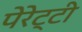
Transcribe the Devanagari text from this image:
पेरेट्टी